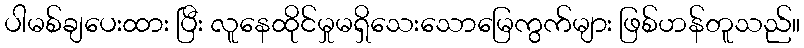
ပါမစ်ချပေးထား ပြီး လူနေထိုင်မှုမရှိသေးသောမြေကွက်များ ဖြစ်ဟန်တူသည်။